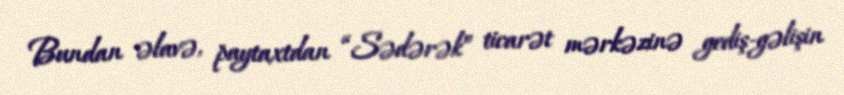
Bundan əlavə, paytaxtdan “Sədərək” ticarət mərkəzinə gediş-gəlişin